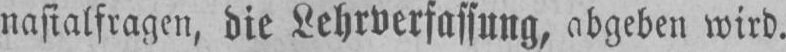
wird.